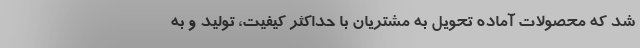
شد که محصولات آماده تحویل به مشتریان با حداکثر کیفیت، تولید و به